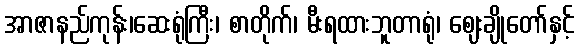
အာဇာနည်ကုန်း၊ဆေးရုံကြီး၊ စာတိုက်၊ မီးရထားဘူတာရုံ၊ ဈေးချိုတော်နှင့်